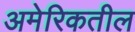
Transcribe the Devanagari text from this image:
अमेरिकतील